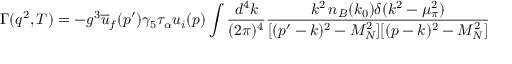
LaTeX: \Gamma ( q ^ { 2 } , T ) = - g ^ { 3 } \overline { { { u } } } _ { f } ( p ^ { \prime } ) \gamma _ { 5 } \tau _ { \alpha } u _ { i } ( p ) \int \frac { d ^ { 4 } k } { ( 2 \pi ) ^ { 4 } } \frac { k ^ { 2 } \, n _ { B } ( k _ { 0 } ) \delta ( k ^ { 2 } - \mu _ { \pi } ^ { 2 } ) } { [ ( p ^ { \prime } - k ) ^ { 2 } - M _ { N } ^ { 2 } ] [ ( p - k ) ^ { 2 } - M _ { N } ^ { 2 } ] }